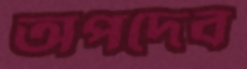
অপদেব